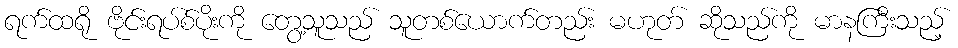
ရက်ထရို ဗိုင်းရပ်စ်ပိုးကို တွေ့သူသည် သူတစ်ယောက်တည်း မဟုတ် ဆိုသည်ကို မာနကြီးသည့်